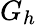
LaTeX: G_{h}